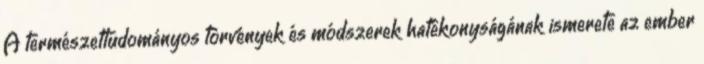
A természettudományos törvények és módszerek hatékonyságának ismerete az ember